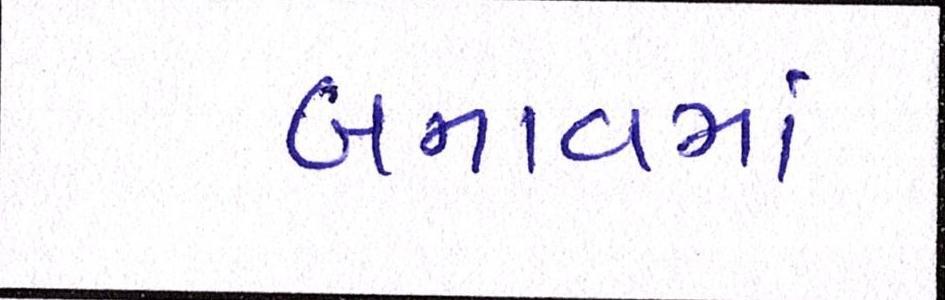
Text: બનાવમાં